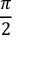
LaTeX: \frac { \pi } { 2 }